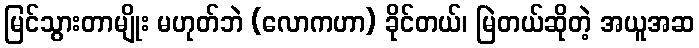
မြင်သွားတာမျိုး မဟုတ်ဘဲ (လောကဟာ) ခိုင်တယ်၊ မြဲတယ်ဆိုတဲ့ အယူအဆ